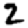
Digit: 2